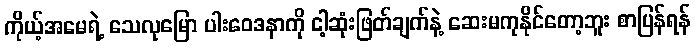
ကိုယ့်အမေရဲ့ သေလုမြော ပါးဝေဒနာကို ငါ့ဆုံးဖြတ်ချက်နဲ့ ဆေးမကုနိုင်တော့ဘူး စာပြန်ရန်